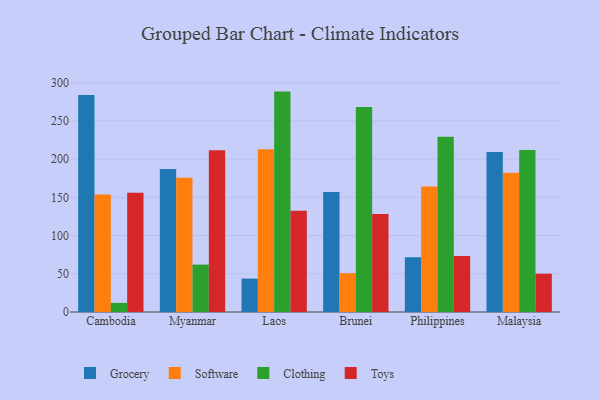
{"axis": {"x": "Country", "y": "Bounce Rate (%)"}, "legend": ["Clothing", "Grocery", "Software", "Toys"], "data": [{"x": "Cambodia", "y": 283.7, "type": "Grocery"}, {"x": "Cambodia", "y": 153.8, "type": "Software"}, {"x": "Cambodia", "y": 11.9, "type": "Clothing"}, {"x": "Cambodia", "y": 156.1, "type": "Toys"}, {"x": "Myanmar", "y": 187.1, "type": "Grocery"}, {"x": "Myanmar", "y": 175.5, "type": "Software"}, {"x": "Myanmar", "y": 62.0, "type": "Clothing"}, {"x": "Myanmar", "y": 211.7, "type": "Toys"}, {"x": "Laos", "y": 43.7, "type": "Grocery"}, {"x": "Laos", "y": 212.9, "type": "Software"}, {"x": "Laos", "y": 288.3, "type": "Clothing"}, {"x": "Laos", "y": 132.6, "type": "Toys"}, {"x": "Brunei", "y": 157.0, "type": "Grocery"}, {"x": "Brunei", "y": 50.8, "type": "Software"}, {"x": "Brunei", "y": 268.1, "type": "Clothing"}, {"x": "Brunei", "y": 128.1, "type": "Toys"}, {"x": "Philippines", "y": 71.7, "type": "Grocery"}, {"x": "Philippines", "y": 164.1, "type": "Software"}, {"x": "Philippines", "y": 229.4, "type": "Clothing"}, {"x": "Philippines", "y": 73.3, "type": "Toys"}, {"x": "Malaysia", "y": 209.4, "type": "Grocery"}, {"x": "Malaysia", "y": 182.0, "type": "Software"}, {"x": "Malaysia", "y": 211.9, "type": "Clothing"}, {"x": "Malaysia", "y": 50.1, "type": "Toys"}]}